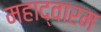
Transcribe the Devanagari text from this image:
महाद्वारम